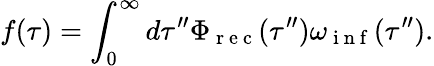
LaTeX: f(\tau)=\int_{0}^{\infty}d\tau^{\prime\prime}\Phi_{\mathrm{~r~e~c~}}(\tau^{\prime\prime})\omega_{\mathrm{~i~n~f~}}(\tau^{\prime\prime}).